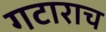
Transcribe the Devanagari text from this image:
गटाराच